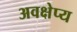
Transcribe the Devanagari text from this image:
अवक्षेप्य